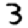
Digit: 3